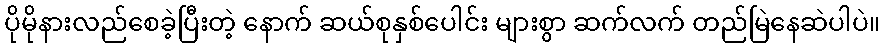
ပိုမိုနားလည်စေခဲ့ပြီးတဲ့ နောက် ဆယ်စုနှစ်ပေါင်း များစွာ ဆက်လက် တည်မြဲနေဆဲပါပဲ။